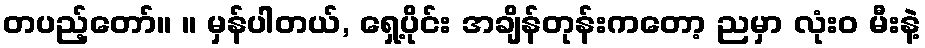
တပည့်တော်။ ။ မှန်ပါတယ်, ရှေ့ပိုင်း အချိန်တုန်းကတော့ ညမှာ လုံးဝ မီးနဲ့